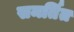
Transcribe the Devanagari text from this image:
समर्तित